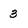
Character: 3